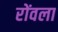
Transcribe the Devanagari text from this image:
रोंवला